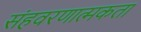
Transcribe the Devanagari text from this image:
संहवरणात्मकता